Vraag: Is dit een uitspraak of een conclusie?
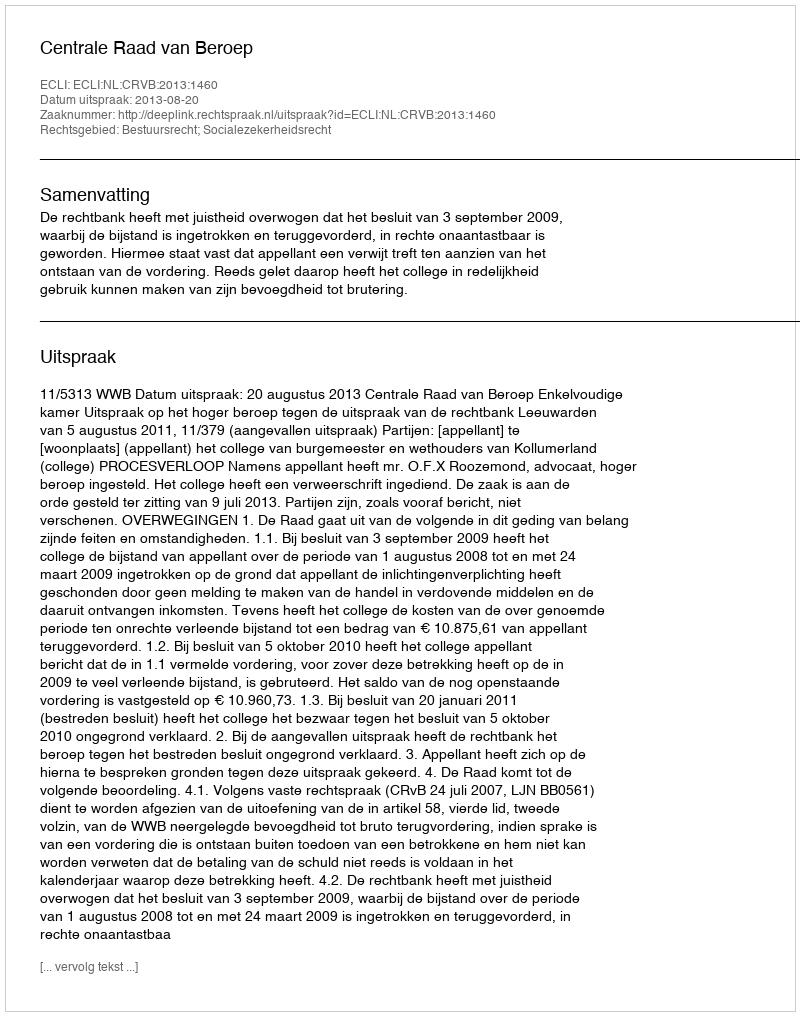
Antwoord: Uitspraak